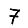
Digit: 7